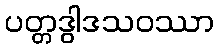
ပတ္တဒွါဒသဝဿာ